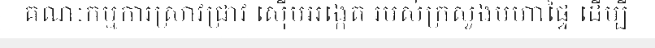
គណៈកម្មការស្រាវជ្រាវ ស៊ើបអង្កេត របស់ក្រសួងមហាផ្ទៃ ដើម្បី